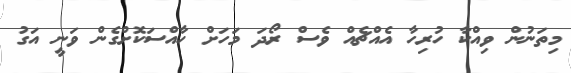
މިތަނުން ވިއްކާ ހުރިހާ އެއްޗެއް ވެސް ރޯދަ މަހަށް ހާއްސަކޮށްގެން ވަނީ އަގު